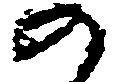
の